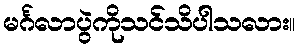
မင်္ဂလာပွဲကိုသင်သိပါသလား။